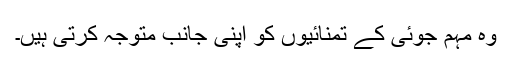
وہ مہم جوئی کے تمنائیوں کو اپنی جانب متوجہ کرتی ہیں۔